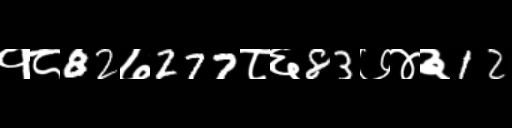
Text: १८82७277८६83७४३12